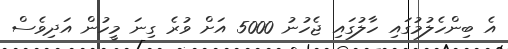
އެ ބިންހެލުމުގައި ހާލުގައި ޖެހުނު 5000 އަށް ވުރެ ގިނަ މީހުން އަދިވެސް